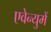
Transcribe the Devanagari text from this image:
एवेन्युमें